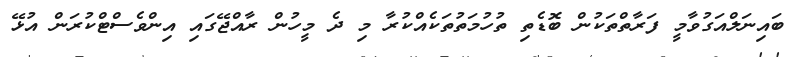
ބައިނަލްއަގުވާމީ ފަރާތްތަކުން ބޮޑެތި ތުހުމަތުތަކެއްކުރާ މި ދެ މީހުން ރާއްޖޭގައި އިންވެސްޓްކުރަން އުޅޭ